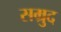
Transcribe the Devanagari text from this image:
सम्रुद